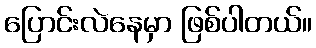
ပြောင်းလဲနေမှာ ဖြစ်ပါတယ်။